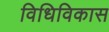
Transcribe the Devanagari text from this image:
विधिविकास